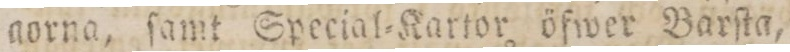
gorna, ſamt Special=Kartor öfwer Barſta,